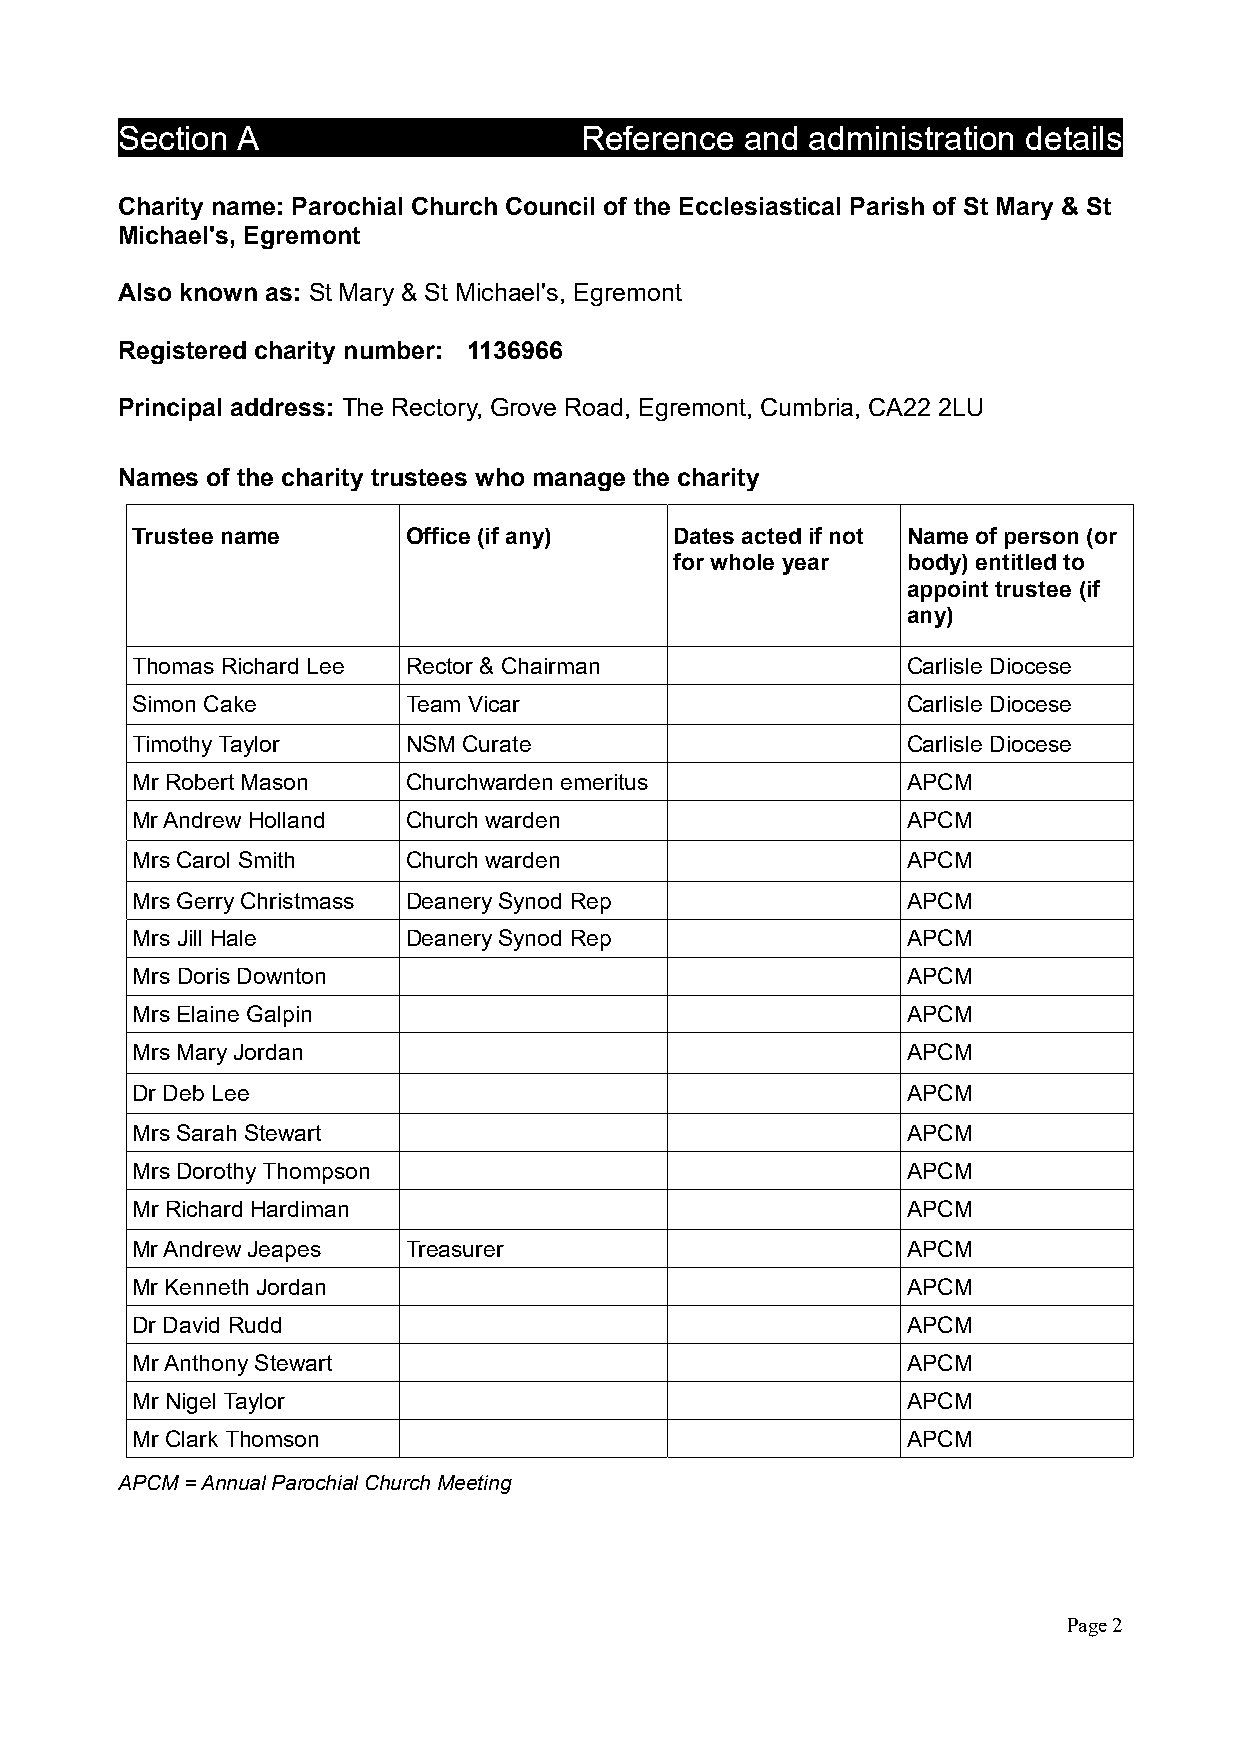
Section A                     Reference  and  administration details
 Charity name: Parochial Church Council of the Ecclesiastical Parish of St Mary & St
 Michael's, Egremont
 Also known as: St Mary & St Michael's, Egremont
 Registered charity number: 1136966
 Principal address: The Rectory, Grove Road, Egremont, Cumbria, CA22 2LU
 Names of the charity trustees who manage the charity
 Trustee name      Office (if any)   Dates acted if not Name of person (or
 for whole year body) entitled to
 appoint trustee (if
 any)
 Thomas Richard Lee Rector & Chairman               Carlisle Diocese
 Simon Cake        Team Vicar                       Carlisle Diocese
 Timothy Taylor    NSM Curate                       Carlisle Diocese
 Mr Robert Mason   Churchwarden emeritus            APCM
 Mr Andrew Holland Church warden                    APCM
 Mrs Carol Smith   Church warden                    APCM
 Mrs Gerry Christmass Deanery Synod Rep             APCM
 Mrs Jill Hale     Deanery Synod Rep                APCM
 Mrs Doris Downton                                  APCM
 Mrs Elaine Galpin                                  APCM
 Mrs Mary Jordan                                    APCM
 Dr Deb Lee                                         APCM
 Mrs Sarah Stewart                                  APCM
 Mrs Dorothy Thompson                               APCM
 Mr Richard Hardiman                                APCM
 Mr Andrew Jeapes  Treasurer                        APCM
 Mr Kenneth Jordan                                  APCM
 Dr David Rudd                                      APCM
 Mr Anthony Stewart                                 APCM
 Mr Nigel Taylor                                    APCM
 Mr Clark Thomson                                   APCM
 APCM = Annual Parochial Church Meeting
 Page 2